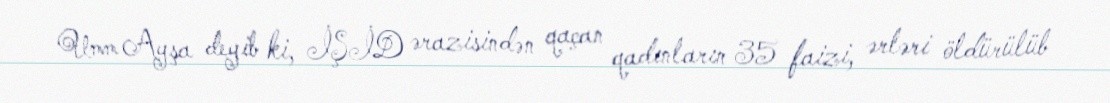
Umm Ayşa deyib ki, İŞİD ərazisindən qaçan qadınların 35 faizi, ərləri öldürülüb